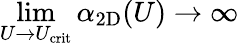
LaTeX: \operatorname*{lim}_{U\rightarrow U_{\mathrm{crit}}}\alpha_{\mathrm{2D}}(U)\rightarrow\infty